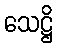
သေဋ္ဌိ